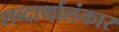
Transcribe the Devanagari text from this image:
शब्दार्थालंकार